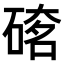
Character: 𥔇